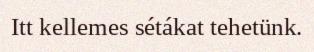
Itt kellemes sétákat tehetünk.